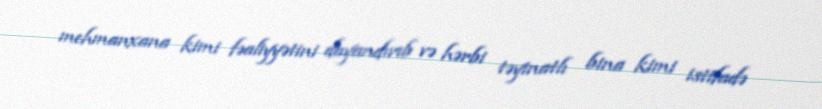
mehmanxana kimi fəaliyyətini dayandırıb və hərbi təyinatlı bina kimi istifadə